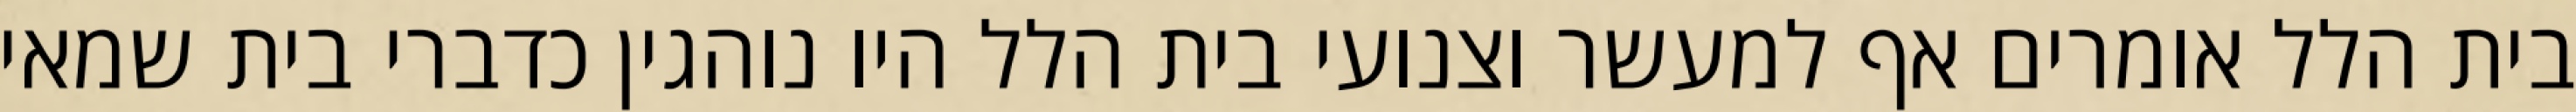
בית הלל אומרים אף למעשר וצנועי בית הלל היו נוהגין כדברי בית שמאי